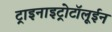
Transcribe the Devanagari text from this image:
ट्राइनाइट्रोटॉलूईन